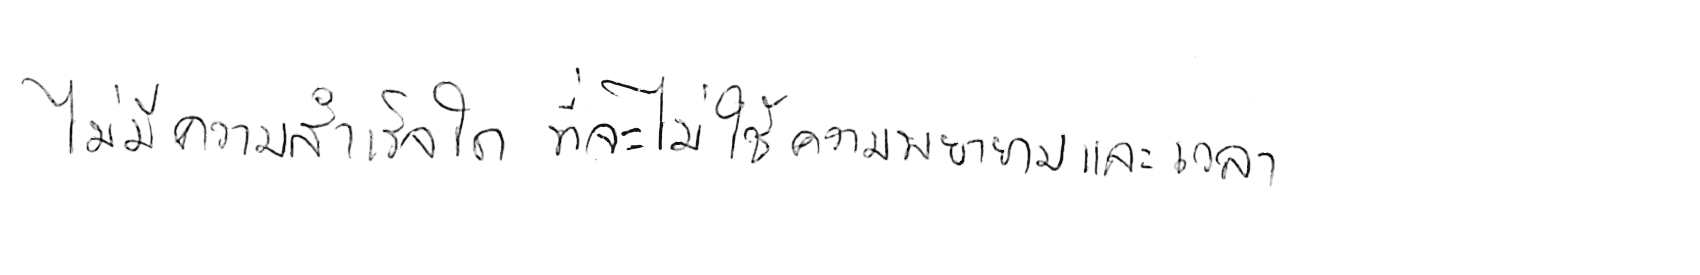
ไม่มีความสำเร็จใด ที่จะไม่ใช้ความพยายามและเวลา